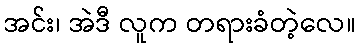
အင်း၊ အဲဒီ လူက တရားခံတဲ့လေ။